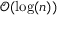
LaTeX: { \mathcal { O } } ( \log ( n ) )